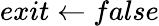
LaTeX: exit\gets false